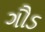
ગૌડ